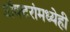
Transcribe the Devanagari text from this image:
डॉक्टरांमध्येही